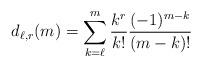
LaTeX: \begin{align*} d_{\ell,r}(m)=\sum_{k=\ell}^m\frac{k^r}{k!}\frac{(-1)^{m-k}}{(m-k)!} \end{align*}